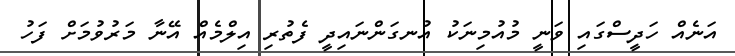
އަނެއް ހަދީސްގައި ވަނީ މުއުމިނަކު އުނގަންނައިދީ ފެތުރި އިލްމެއް އޭނާ މަރުވުމަށް ފަހު